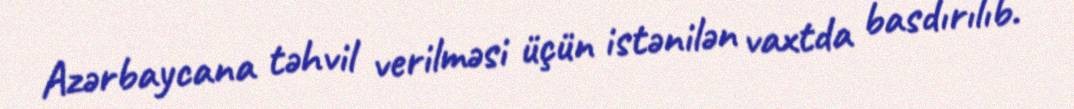
Azərbaycana təhvil verilməsi üçün istənilən vaxtda basdırılıb.